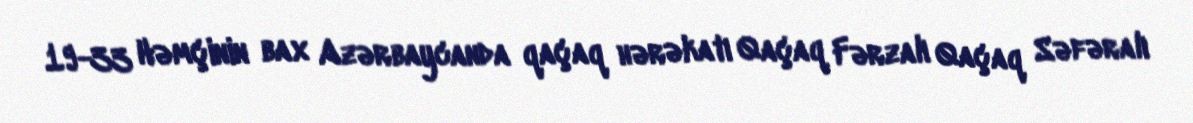
19-33 Həmçinin bax Azərbaycanda qaçaq hərəkatı Qaçaq Fərzalı Qaçaq Səfəralı